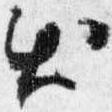
出